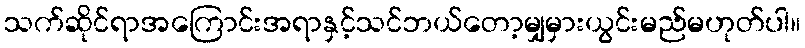
သက်ဆိုင်ရာအကြောင်းအရာနှင့်သင်ဘယ်တော့မျှမှားယွင်းမည်မဟုတ်ပါ။